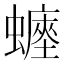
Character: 𧒐